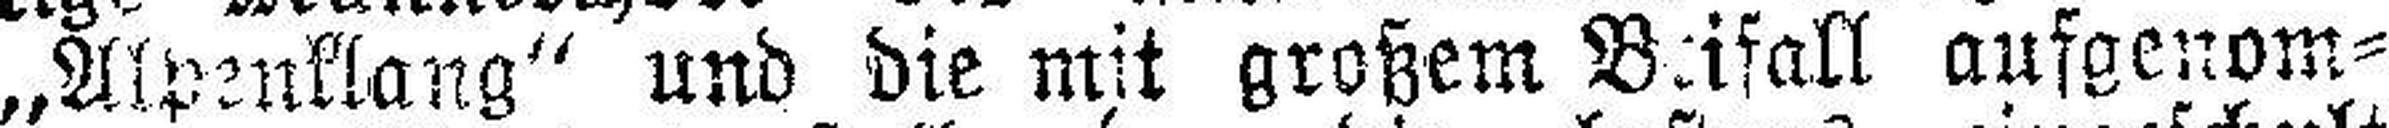
„Alpenklang“ und die mit großem Beifall aufgenom¬